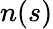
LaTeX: n\! \left(s\right)